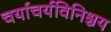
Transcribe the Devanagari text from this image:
चर्याचर्यविनिश्चय